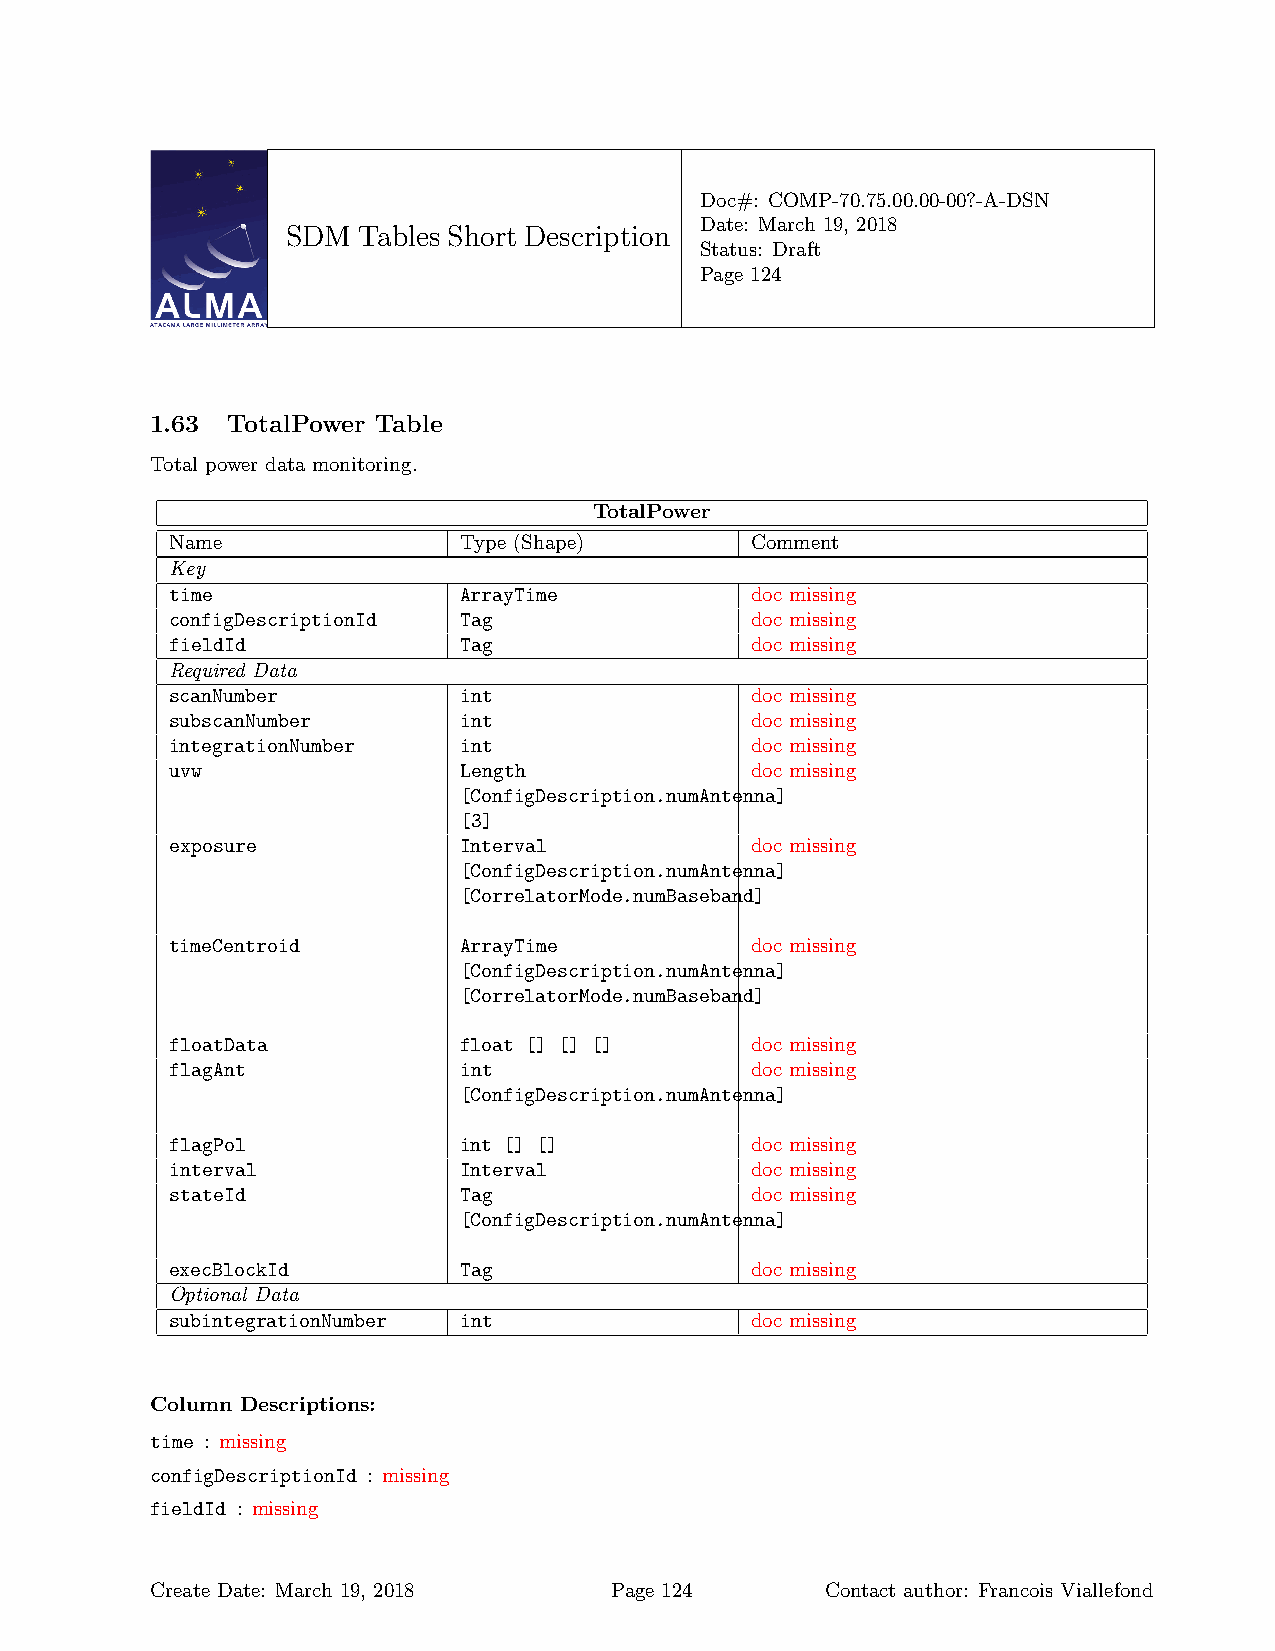
Doc#: COMP-70.75.00.00-00?-A-DSN
 Date: March 19, 2018
 SDM  Tables Short Description
 Status: Draft
 Page 124
 1.63 TotalPower Table
 Total power data monitoring.
 TotalPower
 Name               Type (Shape)        Comment
 Key
 time               ArrayTime           doc missing
 configDescriptionId Tag                doc missing
 fieldId            Tag                 doc missing
 Required Data
 scanNumber         int                 doc missing
 subscanNumber      int                 doc missing
 integrationNumber  int                 doc missing
 uvw                Length              doc missing
 [ConfigDescription.numAntenna]
 [3]
 exposure           Interval            doc missing
 [ConfigDescription.numAntenna]
 [CorrelatorMode.numBaseband]
 timeCentroid       ArrayTime           doc missing
 [ConfigDescription.numAntenna]
 [CorrelatorMode.numBaseband]
 floatData          float [] [] []      doc missing
 flagAnt            int                 doc missing
 [ConfigDescription.numAntenna]
 flagPol            int [] []           doc missing
 interval           Interval            doc missing
 stateId            Tag                 doc missing
 [ConfigDescription.numAntenna]
 execBlockId        Tag                 doc missing
 Optional Data
 subintegrationNumber int               doc missing
 Column Descriptions:
 time : missing
 configDescriptionId : missing
 fieldId : missing
 Create Date: March 19, 2018   Page 124       Contact author: Francois Viallefond